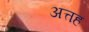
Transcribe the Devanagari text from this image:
अत्तह